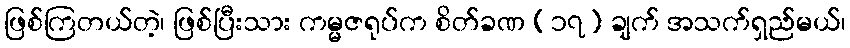
ဖြစ်ကြတယ်တဲ့၊ ဖြစ်ပြီးသား ကမ္မဇရုပ်က စိတ်ခဏ (၁၇) ချက် အသက်ရှည်မယ်၊